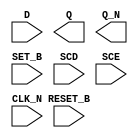
module sky130_fd_sc_hs__sdfbbn (
    //# {{data|Data Signals}}
    input  D      ,
    output Q      ,
    output Q_N    ,

    //# {{control|Control Signals}}
    input  RESET_B,
    input  SET_B  ,

    //# {{scanchain|Scan Chain}}
    input  SCD    ,
    input  SCE    ,

    //# {{clocks|Clocking}}
    input  CLK_N
);

    // Voltage supply signals
    supply1 VPWR;
    supply0 VGND;

endmodule